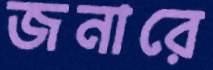
জনারে